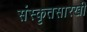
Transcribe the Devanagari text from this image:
संस्कृतसारखी